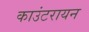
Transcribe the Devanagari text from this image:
काउंटरायन